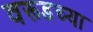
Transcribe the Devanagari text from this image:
वरूडच्या